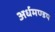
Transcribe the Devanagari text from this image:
अर्धमण्डप